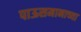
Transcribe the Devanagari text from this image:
पाऊसमानाच्या